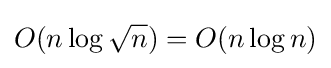
O(n\log {\sqrt {n}})=O(n\log n)